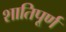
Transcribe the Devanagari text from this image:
शातिपूर्ण